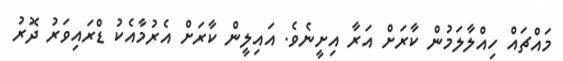
މައްޗައް ހިއްލާލަމުން ކާރަށް އަރާ އިށީނެވެ. އައިލީން ކާރަށް އެރުމާއެކު ޑްރައިވަރު ދޮރު